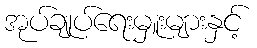
အုပ်ချုပ်ရေးမှူးများနှင့်